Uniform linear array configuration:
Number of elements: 64
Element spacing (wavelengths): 0.5
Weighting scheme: uniform
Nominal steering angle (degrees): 45
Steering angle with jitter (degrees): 45.437
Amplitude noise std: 0.05
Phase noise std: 0.05

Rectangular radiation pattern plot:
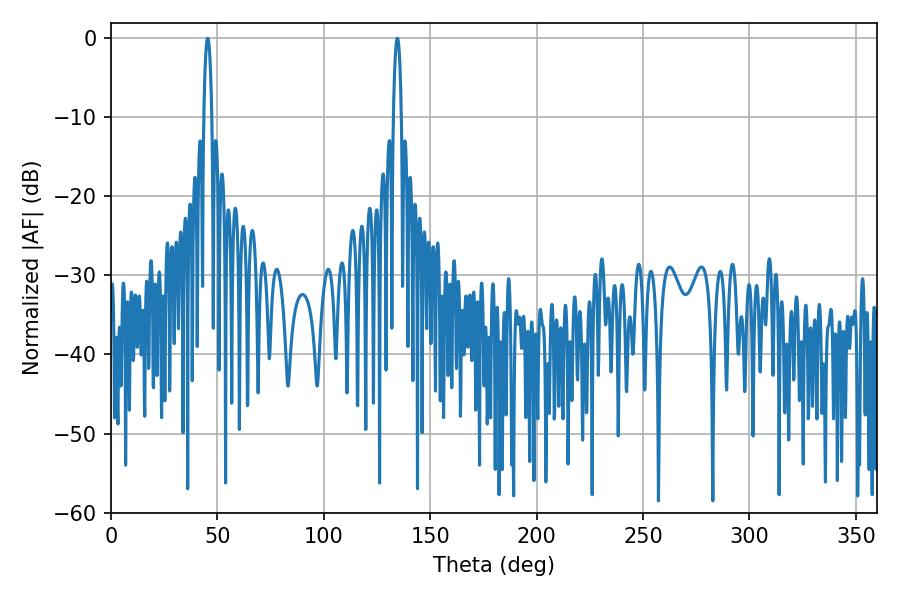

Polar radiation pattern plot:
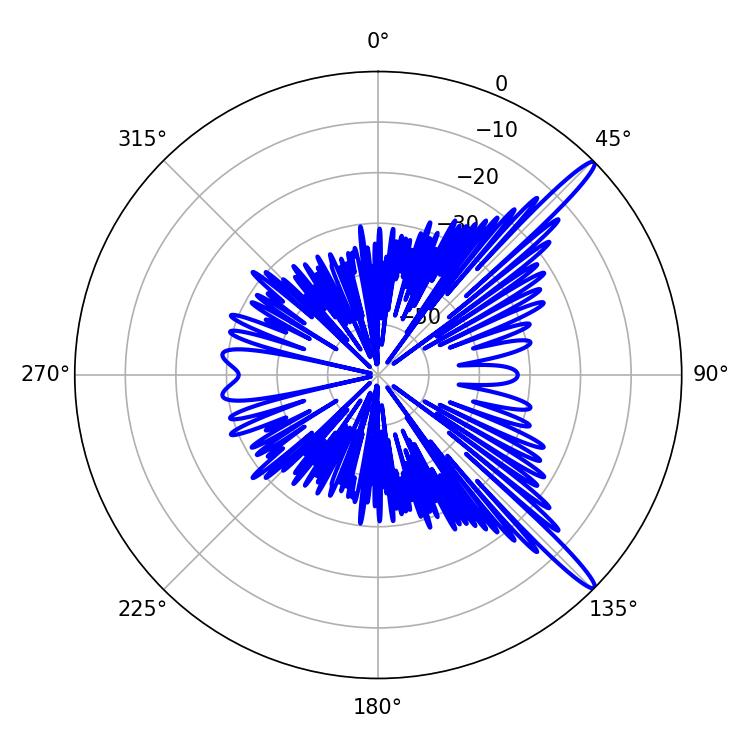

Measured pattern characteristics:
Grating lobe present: FALSE
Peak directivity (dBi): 15.025
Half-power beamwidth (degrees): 1.98
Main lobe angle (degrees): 134.64